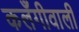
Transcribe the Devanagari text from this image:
कलँगीवाली